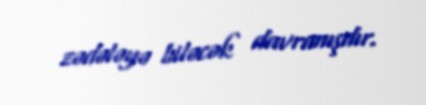
zədələyə biləcək davranışdır.